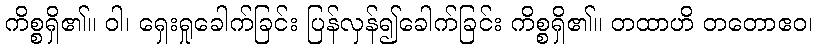
ကိစ္စရှိ၏။ ဝါ၊ ရှေးရှုခေါက်ခြင်း ပြန်လှန်၍ခေါက်ခြင်း ကိစ္စရှိ၏။ တထာဟိ တတောဧဝ၊